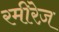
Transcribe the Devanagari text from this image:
रमीरेज़